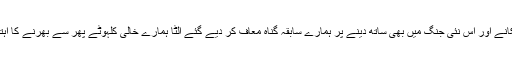
ہمارے سر جھکانے اور اس نئی جنگ میں بھی ساتھ دینے پر ہمارے سابقہ گناہ معاف کر دیے گئے الٹا ہمارے خالی کلہوٹے پھر سے بھرنے کا اہتمام بھی کیا گیا۔